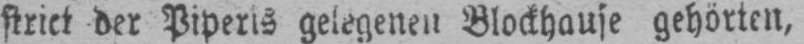
strict der Piperis gelegenen Blockhause gehörten,